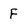
Character: F